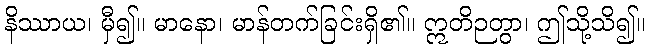
နိဿာယ၊ မှီ၍။ မာနော၊ မာန်တက်ခြင်းရှိ၏။ ဣတိဉတွာ၊ ဤသို့သိ၍။